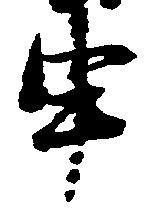
申